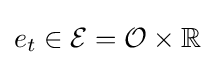
e_{t}\in {\mathcal {E}}={\mathcal {O}}\times \mathbb {R}